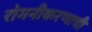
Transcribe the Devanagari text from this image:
रोमनीकरणाची